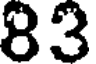
83